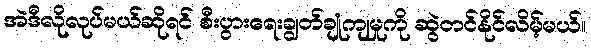
အဲဒီလိုလုပ်မယ်ဆိုရင် စီးပွားရေးချွတ်ချုံကျမှုကို ဆွဲတင်နိုင်လိမ့်မယ်။